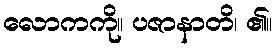
လောကကို။ ပဇာနာတိ၊ ၏။